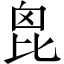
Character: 𣬉